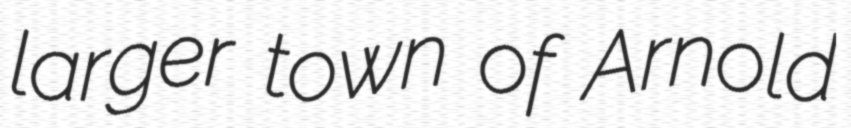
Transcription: larger town of Arnold